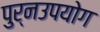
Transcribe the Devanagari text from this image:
पुर्नउपयोग